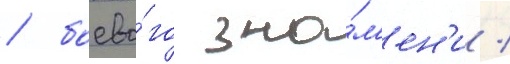
/ боево́го зна́м'ен'и /